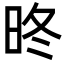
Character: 昸